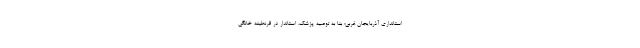
استانداری آذربایجان غربی؛ بنا به توصیه پزشک، استاندار در قرنطینه خانگی